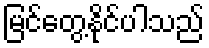
မြင်တွေ့နိုင်ပါသည်